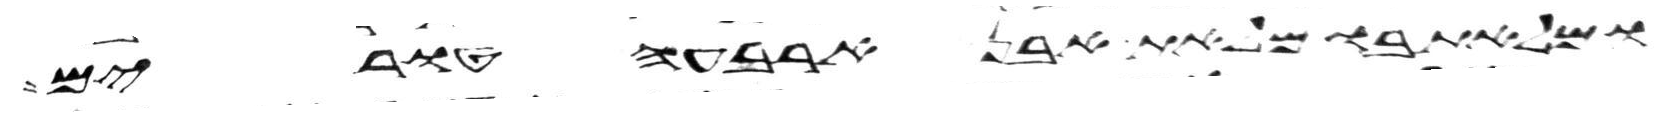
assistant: ומלאת בו מלאת אבן ארבעה טורים